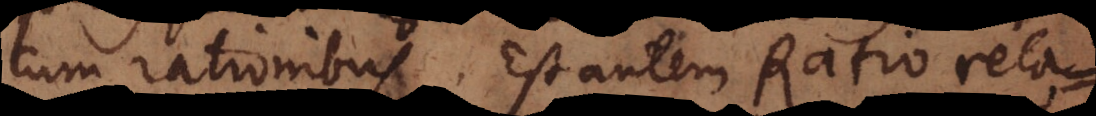
cum rationibus. Est autem Ratio rela